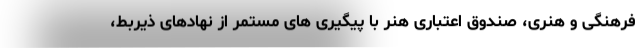
فرهنگی و هنری، صندوق اعتباری هنر با پیگیری های مستمر از نهادهای ذیربط،